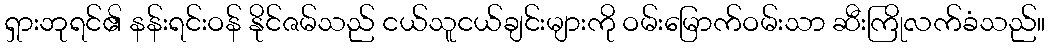
ရှားဘုရင်၏ နန်းရင်းဝန် နိုင်ဇမ်သည် ငယ်သူငယ်ချင်းများကို ဝမ်းမြောက်ဝမ်းသာ ဆီးကြိုလက်ခံသည်။